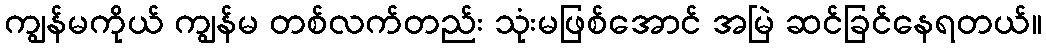
ကျွန်မကိုယ် ကျွန်မ တစ်လက်တည်း သုံးမဖြစ်အောင် အမြဲ ဆင်ခြင်နေရတယ်။